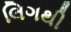
લિગથી